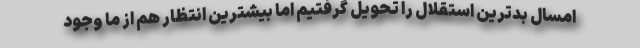
امسال بدترین استقلال را تحویل گرفتیم اما بیشترین انتظار هم از ما وجود